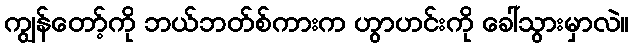
ကျွန်တော့်ကို ဘယ်ဘတ်စ်ကားက ဟွာဟင်းကို ခေါ်သွားမှာလဲ။